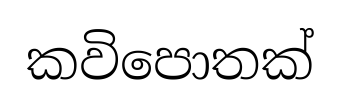
කවිපොතක්